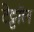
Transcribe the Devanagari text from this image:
टेट्टॉल